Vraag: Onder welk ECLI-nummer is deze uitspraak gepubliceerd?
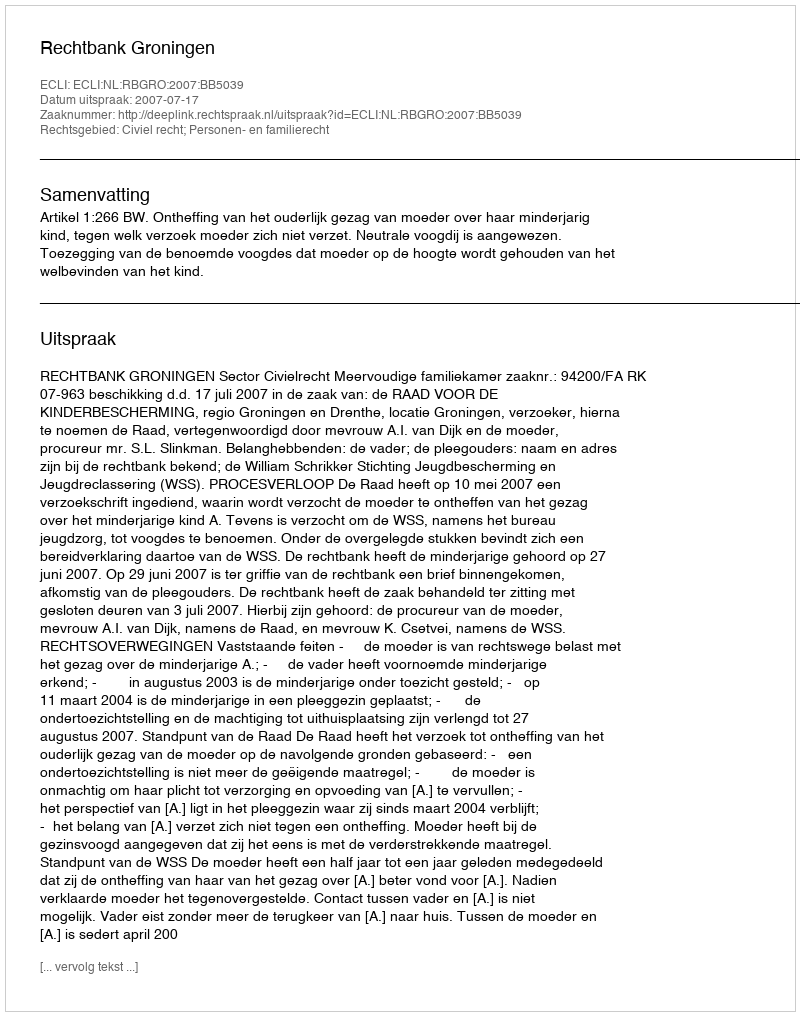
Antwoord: ECLI:NL:RBGRO:2007:BB5039